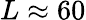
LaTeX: L\approx 60